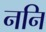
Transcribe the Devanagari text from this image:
ननि